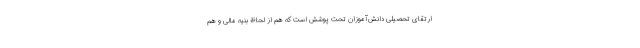
ارتقای تحصیلی دانش‌آموزان تحت پوشش است که هم از لحاظ بنیه مالی و هم